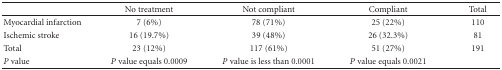
|  | No treatment | Not compliant | Compliant | Total |
 | --- | --- | --- | --- | --- |
 | Myocardial infarction | 7 (6%) | 78 (71%) | 25 (22%) | 110 |
 | Ischemic stroke | 16 (19.7%) | 39 (48%) | 26 (32.3%) | 81 |
 | Total | 23 (12%) | 117 (61%) | 51 (27%) | 191 |
 | P value | P value equals 0.0009 | P value is less than 0.0001 | P value equals 0.0021 |  |